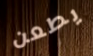
يطعن